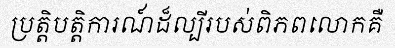
ប្រត្តិបត្តិការណ៍ដ៏ល្បីរបស់ពិភពលោកគឺ